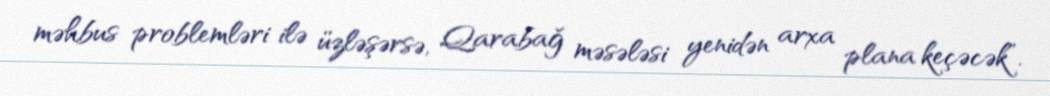
məhbus problemləri ilə üzləşərsə, Qarabağ məsələsi yenidən arxa plana keçəcək”.